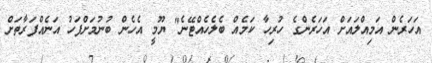
އަހަރެން އަމިއްލައަށް އަހަރެންގެ ހުރިހާ ކަމެއް ބެލެހެއްޓޭނެ" ޔޫމީ އެހެން ބުނުމަށްފަހު އަނެއްފަރާތަށް